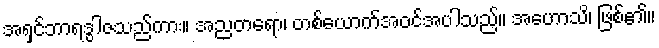
အရှင်ဘာရဒွါဇသည်ကား။ အညတရော၊ တစ်ယောက်အဝင်အပါသည်။ အဟောသိ၊ ဖြစ်၏။